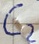
Text: C2